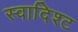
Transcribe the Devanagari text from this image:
स्वादिश्ट